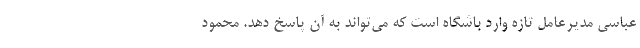
عباسی مدیرعامل تازه وارد باشگاه است که می‌تواند به آن پاسخ دهد. محمود